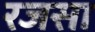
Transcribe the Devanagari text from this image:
रजसा